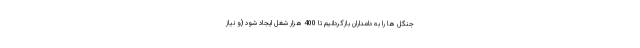
جنگل ها را به دامداران بازگردانیم تا 400 هزار شغل ایجاد شود (و نیاز